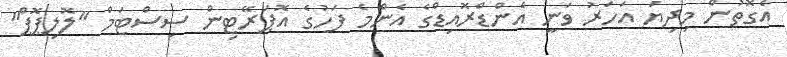
އެގޮތުން މިދިޔަ އަހަރު ވަނީ އެންޑްރޮއިޑްގެ އެންމެ ފަހުގެ އޮޕަރޭޓިން ސިސްޓަމް "ލޮލިޕޮޕް"